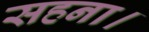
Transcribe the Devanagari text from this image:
सहना।